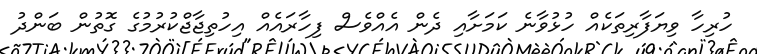
ހުރިހާ ވިޔަފާރިތަކެއް ހުޅުވާނެ ކަމަށާއި ދެން އެއްވެސް ފިހާރައެއް އިހުތިޖާޖްކުރުމުގެ ގޮތުން ބަންދު